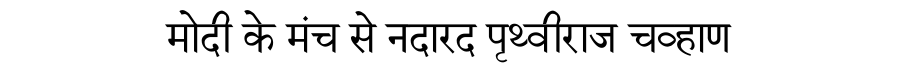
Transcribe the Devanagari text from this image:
मोदी के मंच से नदारद पृथ्वीराज चव्हाण